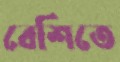
বেশিতে